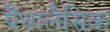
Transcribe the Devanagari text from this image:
पैंथालैसिक